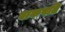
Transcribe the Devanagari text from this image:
वाकपति